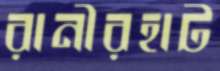
রানীরহাট